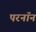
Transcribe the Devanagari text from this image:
परनॉन